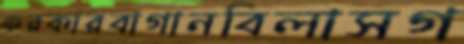
ফরকারবাগানবিলাসগ